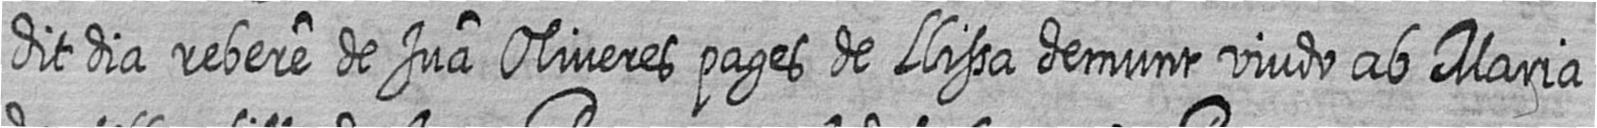
dit dia rebere de Jua Oliveres pages de Llissa demunt viudo ab Maria